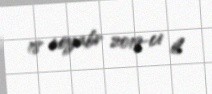
18 noyabr 2019-ci il